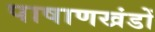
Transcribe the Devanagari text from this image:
पाषाणखंडों